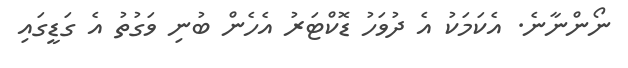
ނޯންނާނެ. އެކަމަކު އެ ދުވަހު ޑޮކްޓަރު އެހެން ބުނި ވަގުތު އެ ގަޑީގައި